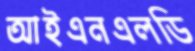
আইএনএলডি